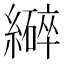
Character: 𫄆